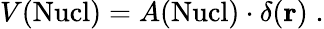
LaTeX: V(\mathrm{Nucl})=A(\mathrm{Nucl})\cdot\delta({\mathbf r})\; .